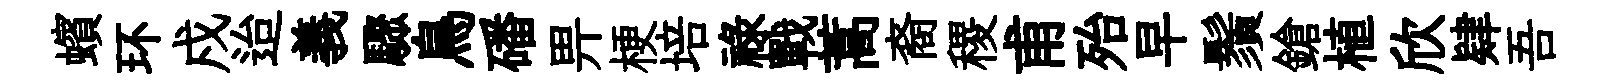
蠙环戍迨義驟鳥磻畀梗培祿戰蒿裔稷甫殆早鬚鎗植欣肄吾